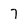
Character: 7